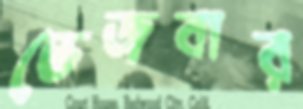
ভেজবার